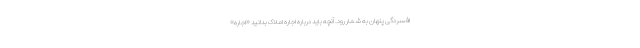
افسردگی پنهان به شمار رود. آنچه باید درباره اجاره املاک بدانید «اجاره»